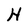
Character: H